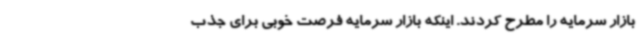
بازار سرمایه را مطرح کردند. اینکه بازار سرمایه فرصت خوبی برای جذب